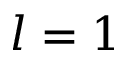
l = 1